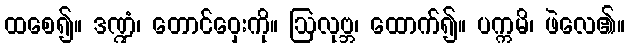
ထစေ၍။ ဒဏ္ဍံ၊ တောင်ဝှေးကို။ ဩလုဗ္ဘ၊ ထောက်၍။ ပက္ကမိ၊ ဖဲလေ၏။